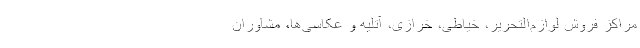
مراکز فروش لوازم‌التحریر، خیاطی، خرازی، آتلیه و عکاسی‌ها، مشاوران